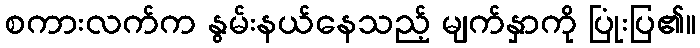
စကားလက်က နွမ်းနယ်နေသည့် မျက်နှာကို ပြုံးပြ၏။